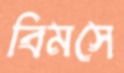
বিমসে